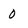
Character: 0